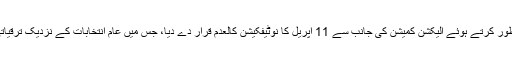
اسلام آباد ہائیکورٹ نے وفاق اورصوبوں کی درخواست منظور کرتے ہوئے الیکشن کمیشن کی جانب سے 11 اپریل کا نوٹیفکیشن کالعدم قرار دے دیا، جس میں عام انتخابات کے نزدیک ترقیاتی کاموں، تبادلوں اور بھرتیوں پر پابندی عائد کی گئی تھی۔